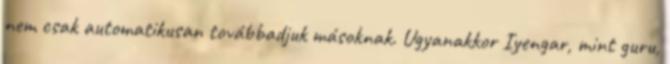
nem csak automatikusan továbbadjuk másoknak. Ugyanakkor Iyengar, mint guru,